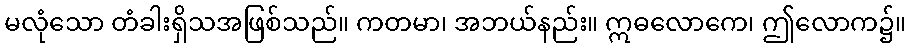
မလုံသော တံခါးရှိသအဖြစ်သည်။ ကတမာ၊ အဘယ်နည်း။ ဣဓလောကေ၊ ဤလောက၌။